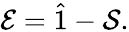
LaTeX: \mathcal{E}=\hat{1}-\mathcal{S}.